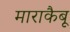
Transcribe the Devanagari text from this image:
माराकैबू